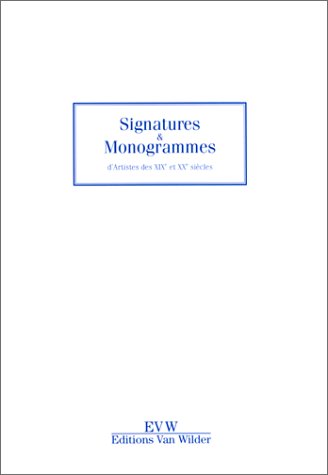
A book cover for Artist's Signatures and Monograms of the 19th and 20th Centuries; Crafts, Hobbies & Home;